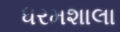
ધરમશાલા